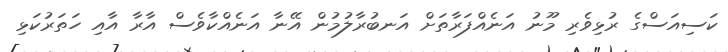
ކަސިއަސްގެ ރުޅިވެރި މޫނު އަނެއްފަރާތަށް އަނބުރާލުމުން އޭނާ އަނެއްކާވެސް އާރާ އާއި ހަތަރުކަޅި